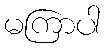
မကြာပါ